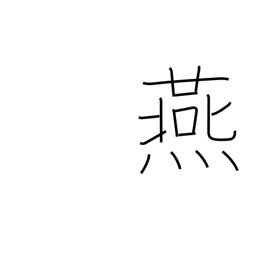
Meaning: swallow (bird)